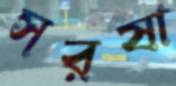
সরষা